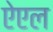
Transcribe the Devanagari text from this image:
ऐएल